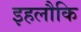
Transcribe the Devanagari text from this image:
इहलौकि